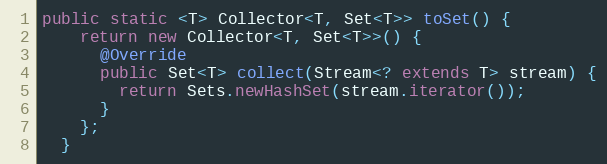
Language: Java
public static <T> Collector<T, Set<T>> toSet() {
    return new Collector<T, Set<T>>() {
      @Override
      public Set<T> collect(Stream<? extends T> stream) {
        return Sets.newHashSet(stream.iterator());
      }
    };
  }